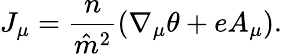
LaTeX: J_{\mu}=\frac{n}{\hat{m}^{2}}(\nabla_{\mu}\theta+eA_{\mu}).